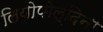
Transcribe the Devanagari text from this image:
लियोपोल्दिना